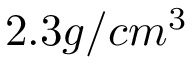
2 . 3 g / c m ^ { 3 }